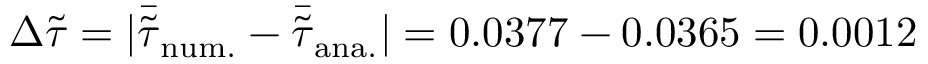
\Delta \tilde { \tau } = | \bar { \tilde { \tau } } _ { \mathrm { n u m . } } - \bar { \tilde { \tau } } _ { \mathrm { a n a . } } | = 0 . 0 3 7 7 - 0 . 0 3 6 5 = 0 . 0 0 1 2